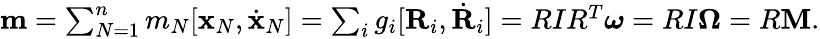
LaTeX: \begin{array}{r}{{\mathbf m}=\sum_{N=1}^{n}m_{N}[{\mathbf x}_{N},\dot{\mathbf x}_{N}]=\sum_{i}g_{i}[{\mathbf R}_{i},\dot{\mathbf R}_{i}]=RIR^{T}{\boldsymbol\omega}=RI{\mathbf\Omega}=R{\mathbf M}.}\end{array}